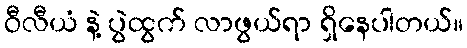
ဝီလီယံ နဲ့ ပွဲထွက် လာဖွယ်ရာ ရှိနေပါတယ်။